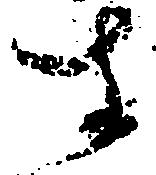
す